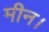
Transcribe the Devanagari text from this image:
मीन।